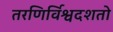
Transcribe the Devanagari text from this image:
तरणिर्विश्वदर्शतो